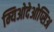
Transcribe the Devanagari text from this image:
म्यिओदेओप्सिअ